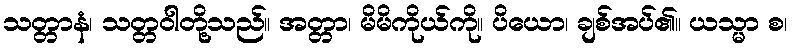
သတ္တာနံ၊ သတ္တဝါတို့သည်။ အတ္တာ၊ မိမိကိုယ်ကို။ ပိယော၊ ချစ်အပ်၏။ ယသ္မာ စ၊